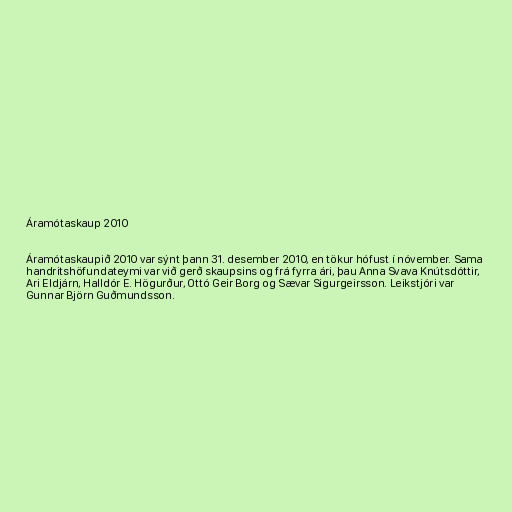
Áramótaskaup 2010

Áramótaskaupið 2010 var sýnt þann 31. desember 2010, en tökur hófust í nóvember. Sama
handritshöfundateymi var við gerð skaupsins og frá fyrra ári, þau Anna Svava Knútsdóttir,
Ari Eldjárn, Halldór E. Högurður, Ottó Geir Borg og Sævar Sigurgeirsson. Leikstjóri var
Gunnar Björn Guðmundsson.